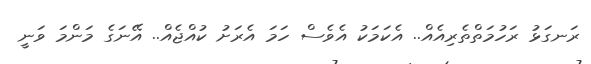
ރަނގަޅު ރަހުމަތްތެރިއެއް.. އެކަމަކު އެވެސް ހަމަ އެރަށު ކުއްޖެއް.. އޭނަގެ މަންމަ ވަނީ